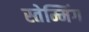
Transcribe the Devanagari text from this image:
स्तेम्मिंग